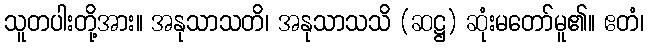
သူတပါးတို့အား။ အနုသာသတိ၊ အနုသာသသိ (ဆဋ္ဌ) ဆုံးမတော်မူ၏။ ဧတံ၊